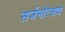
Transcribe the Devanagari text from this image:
सर्जनोत्सव